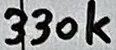
Text: 330k